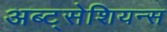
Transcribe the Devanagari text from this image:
अब्ट्सेशियन्स